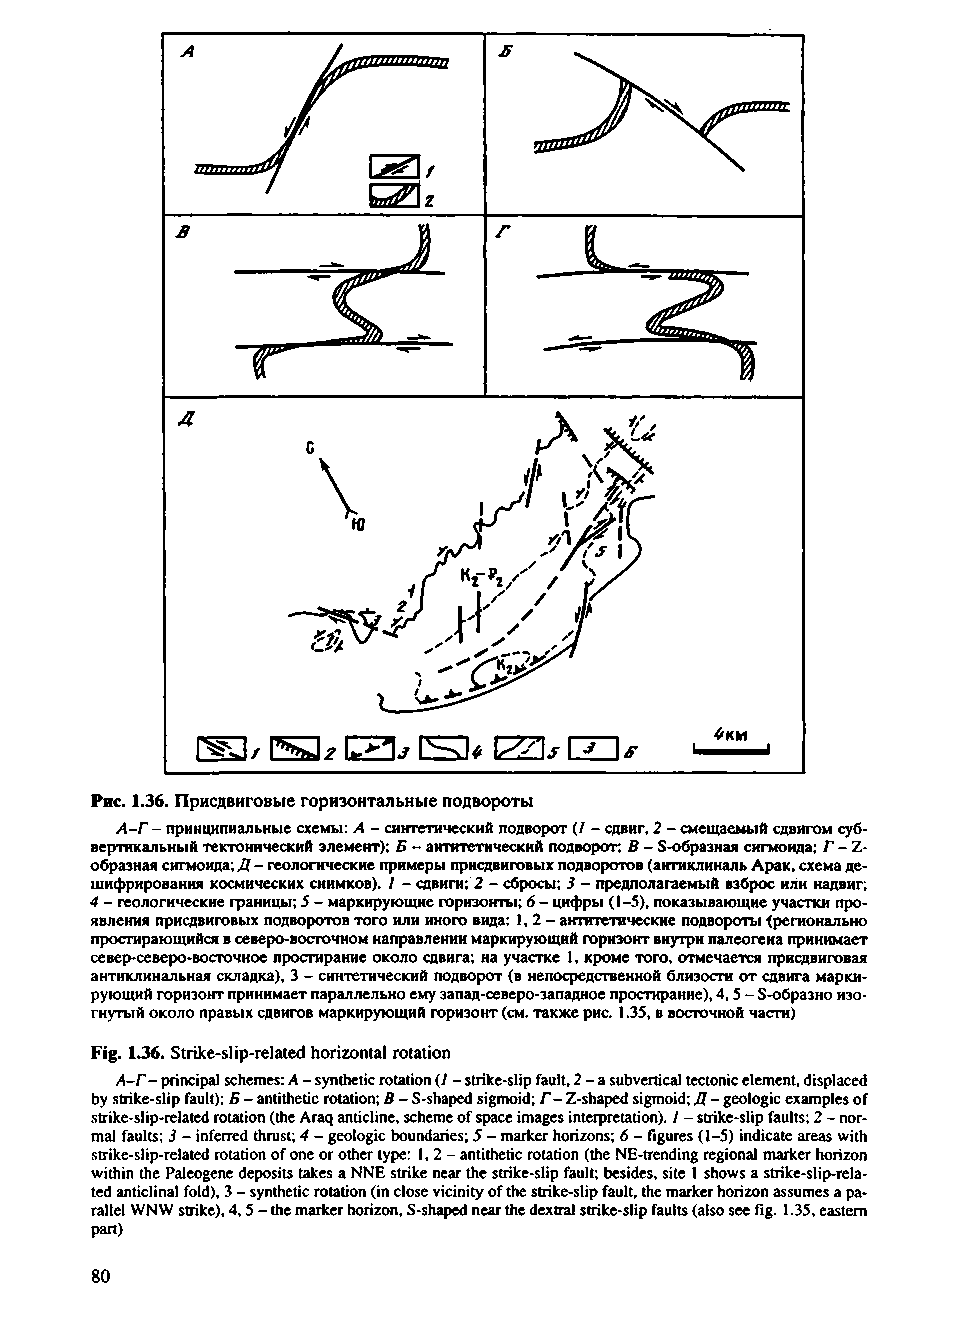
Рис. 1.36. Присдвиговые горизонтальные подвороты
 А-Г - принципиальные схемы: А - синтетический подворот (/ - сдвиг, 2 - смещаемый сдвигом суб­
 вертикальный тектонический элемент); Б - антитетический подворот; В - S-образная сигмоида; Г - Z-
 образная сигмоида; Д - геологические примеры присдвиговых подворотов (антиклиналь Арак, схема де­
 шифрирования космических снимков). 1 - сдвиги; 2 - сбросы; 3 - предполагаемый взброс или надвиг;
 4 - геологические границы; 5 - маркирующие горизонты; 6 - цифры (1-5), показывающие участки про­
 явления присдвиговых подворотов того или иного вида: 1,2- антитетические подвороты {регионально
 простирающийся в северо-восточном направлении маркирующий горизонт внутри палеогена принимает
 се вер-северо-восточное простирание около сдвига; на участке 1, кроме того, отмечается присдвиговая
 антиклинальная складка), 3 - синтетический подворот (в непосредственной близости от сдвига марки­
 рующий горизонт принимает параллельно ему запад-северо-западное простирание), 4, 5 - S-образно изо­
 гнутый около правых сдвигов маркирующий горизонт (см. также рис. 1.35, в восточной части)
 Fig. 1.36. Strike-slip-related horizontal rotation
 A-Г- principal schemes: A - synthetic rotation (/ - strike-slip fault, 2 - a subvertical tectonic element, displaced
 by strike-slip fault); Б - antithetic rotation; В - S-shaped sigmoid; Г - Z-shaped sigmoid; Д - geologic examples of
 strike-slip-related rotation (the Araq anticline, scheme of space images interpretation). 1 - strike-slip faults; 2 - nor­
 mal faults; 3 - inferred thrust; 4 - geologic boundaries; 5 - marker horizons; 6 - figures (1-5) indicate areas with
 strike-slip-related rotation of one or other type: 1,2- antithetic rotation (the NE-trending regional marker horizon
 within the Paleogene deposits takes a NNE strike near the strike-slip fault; besides, site 1 shows a strike-slip-rela­
 ted anticlinal fold), 3 - synthetic rotation (in close vicinity of the strike-slip fault, the marker horizon assumes a pa­
 rallel WNW strike), 4,5 - the marker horizon, S-shaped near the dextral strike-slip faults (also see fig. 1.35, eastern
 part)
 80